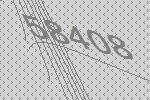
58408